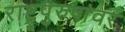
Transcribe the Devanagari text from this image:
राष्ट्रपुरुषांवर